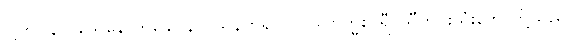
ငါ့ကို။ နာဂသေနောတိခေါ၊ နာဂသိန်ဟူ၍ပင်။ သဗြဟ္မစာရီ၊ သီတင်းသုံးဘော်တို့သည်။